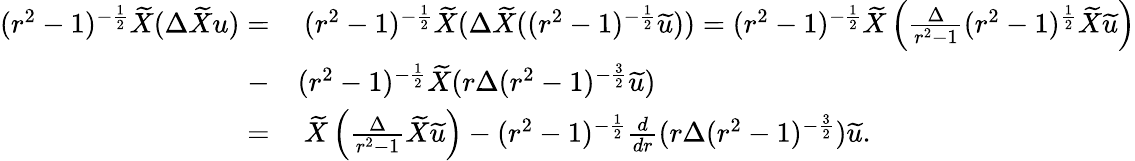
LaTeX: \begin{array}{rl}{(r^{2}-1)^{-\frac{1}{2}}\widetilde{X}(\Delta\widetilde{X}u)=}&{\: (r^{2}-1)^{-\frac{1}{2}}\widetilde{X}(\Delta\widetilde{X}((r^{2}-1)^{-\frac{1}{2}}\widetilde{u}))=(r^{2}-1)^{-\frac{1}{2}}\widetilde{X}\left(\frac{\Delta}{r^{2}-1}(r^{2}-1)^{\frac{1}{2}}\widetilde{X}\widetilde{u}\right)}\\ {-}&{(r^{2}-1)^{-\frac{1}{2}}\widetilde{X}(r\Delta(r^{2}-1)^{-\frac{3}{2}}\widetilde{u})}\\ {=}&{\: \widetilde{X}\left(\frac{\Delta}{r^{2}-1}\widetilde{X}\widetilde{u}\right)-(r^{2}-1)^{-\frac{1}{2}}\frac{d}{dr}(r\Delta(r^{2}-1)^{-\frac{3}{2}})\widetilde{u}.}\end{array}